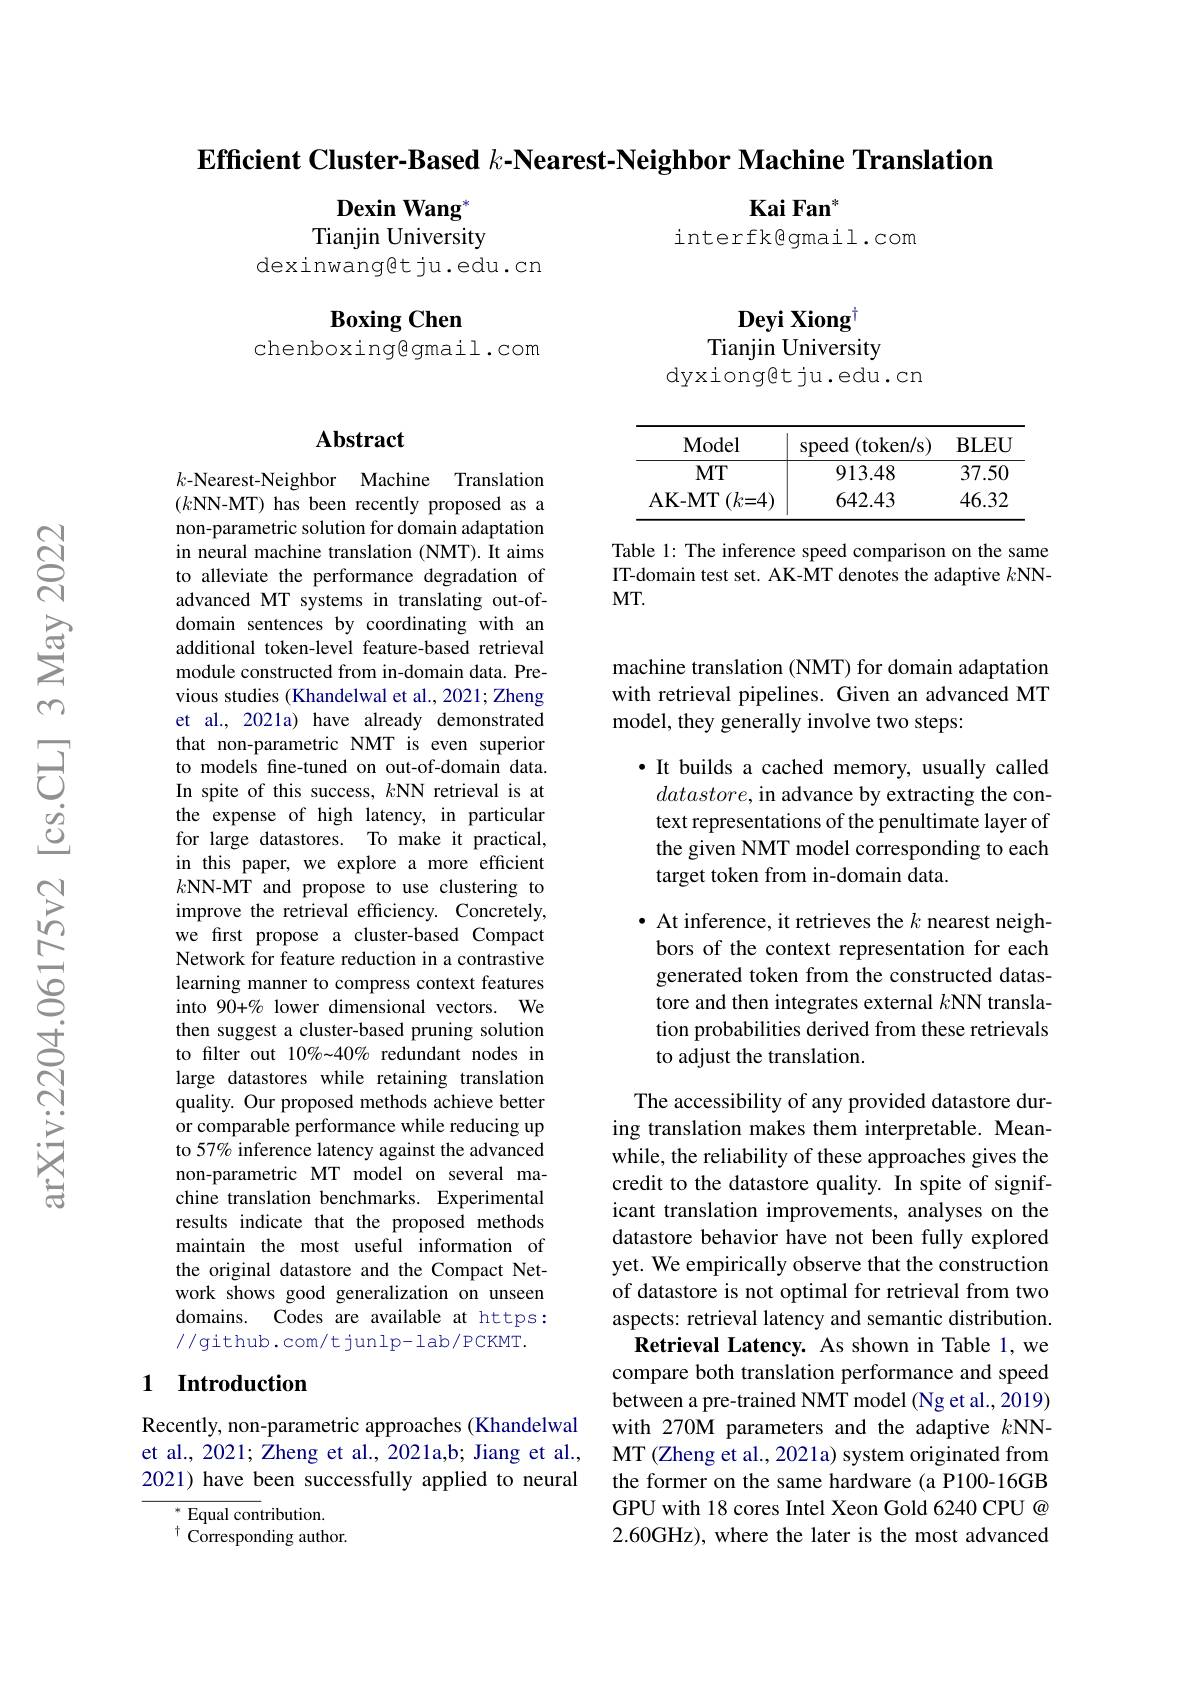
Efficient Cluster-Based $k\textbf{- Nearest- Neighbor Machine Translation}$

Kai Fan$^{*}$

Dexin Wang$^{*}$ Tianjin University

interfkgmail.com

dexinwangetju.edu.cn

Boxing Chen
chenboxing@gmail.com

Deyi Xiong$^{\dagger}$
Tianjin University
dyxiongetju.edu.cn

## Abstract

<table>
	<tbody>
		<tr>
			<th>${\mathbf{Model}}$</th>
			<th>(token/s) speed</th>
			<th>$\mathbf{BLEU}$</th>
		</tr>
		<tr>
			<td>$MT$</td>
			<td>913.48</td>
			<td>37.50</td>
		</tr>
		<tr>
			<td>$\mathbf{AK-MT}$ $(k{=}4$</td>
			<td>642.43</td>
			<td>46.32</td>
		</tr>
	</tbody>
</table>

Table 1: The inference speed comparison on the same IT-domain test set. AK-MT denotes the adaptive $k$NN- $MT.$

machine translation (NMT) for domain adaptation with retrieval pipelines. Given an advanced MT model, they generally involve two steps:

·It builds a cached memory, usually called
$datastore$, in advance by extracting the context representations of the penultimate layer of the given NMT model corresponding to each target token from in-domain data.

$k$-Nearest-Neighbor Machine Translation (kNN-MT) has been recently proposed as a non-parametric solution for domain adaptation in neural machine translation (NMT). It aims to alleviate the performance degradation of advanced MT systems in translating out-ofdomain sentences by coordinating with an additional token-level feature-based retrieval module constructed from in-domain data. Previous studies (Khandelwal et al., 2021; Zheng et al., 2021a) have already demonstrated that non-parametric NMT is even superior to models fine-tuned on out-of-domain data. In spite of this success, $k\textbf{NN retrieval is at}$ the expense of high latency, in particular for large datastores. To make it practical, in this paper, we explore a more efficient $k\mathbf{NN-MT}$ and propose to use clustering to improve the retrieval efficiency. Concretely, we first propose a cluster-based Compact Network for feature reduction in a contrastive learning manner to compress context features into 90+% lower dimensional vectors. We then suggest a cluster-based pruning solution to filter out 10%~40% redundant nodes in large datastores while retaining translation quality. Our proposed methods achieve better or comparable performance while reducing up to 57% inference latency against the advanced non-parametric MT model on several machine translation benchmarks. Experimental results indicate that the proposed methods maintain the most useful information of the original datastore and the Compact Network shows good generalization on unseen domains. Codes are available at https: //github.com/t junlp- lab/PCKMT.

· At inference, it retrieves the $k$ nearest neighbors of the context representation for each generated token from the constructed datastore and then integrates external $k$NN translation probabilities derived from these retrievals to adjust the translation.

The accessibility of any provided datastore during translation makes them interpretable. Meanwhile, the reliability of these approaches gives the credit to the datastore quality. In spite of significant translation improvements, analyses on the datastore behavior have not been fully explored yet. We empirically observe that the construction of datastore is not optimal for retrieval from two aspects: retrieval latency and semantic distribution.
Retrieval Latency. As shown in Table 1,we compare both translation performance and speed between a pre-trained NMT model (Ng et al., 2019) with 270M parameters and the adaptive $k$NNMT (Zheng et al., 2021a) system originated from the former on the same hardware (a P100-16GB GPU with 18 cores Intel Xeon Gold 6240 CPU @ 2.60GHz), where the later is the most advanced

## 1 Introduction

Recently, non-parametric approaches (Khandelwal et al., 2021; Zheng et al., 2021a,b; Jiang et al., 2021) have been successfully applied to neural

$^{*}$ Equal contribution. $^{\dagger}{\mathrm{~Corresponding~author.}}$